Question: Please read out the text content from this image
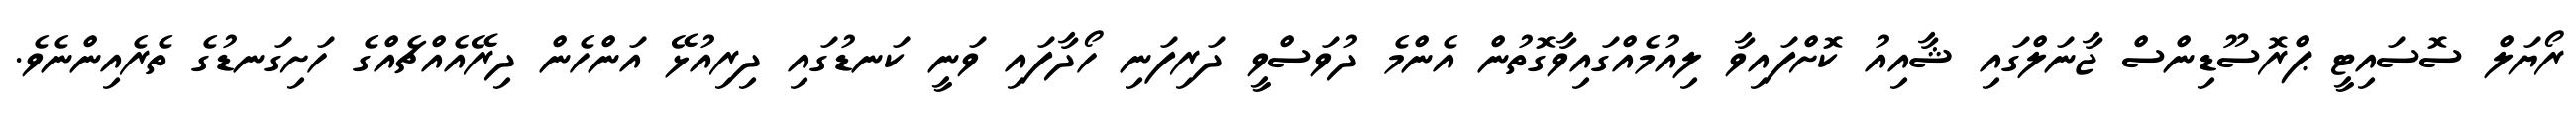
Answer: ރޯޔަލް ސޮސައިޓީ ޕްރޮސޫޑިންސް ޖާނަލްގައި ޝާއިއު ކޮށްފައިވާ ލިއުމެއްގައިވާގޮތުން އެންމެ ދުވަސްވީ ދަރިފަނި ހޯދާފައި ވަނީ ކަނޑުގައި ދިރިއުޅޭ އަންހެން ދިރޭއެއްޗެއްގެ ހަށިގަނޑުގެ ތެރެއިންނެވެ.